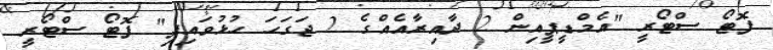
ފޮޓޯ ސްޓޯރީ "އެމްޑީޕީއިން 2 ދާއިރާއެއްގެ 2 ޖަގަހަ ހުޅުވައިފި" ފޮޓޯ ސްޓޯރީ